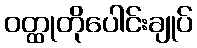
ဝတ္ထုတိုပေါင်းချုပ်